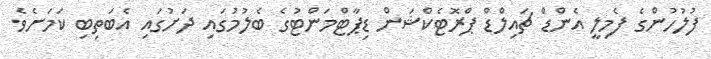
ފުލުހުންގެ ފެމިލީ އެންޑް ޗައިލްޑް ޕްރޮޓެކްޝަން ޑިޕާޓްމަންޓުގެ ބެލުމުގައި ދަށުގައި އެބަތިބި ކަމަށެވެ.